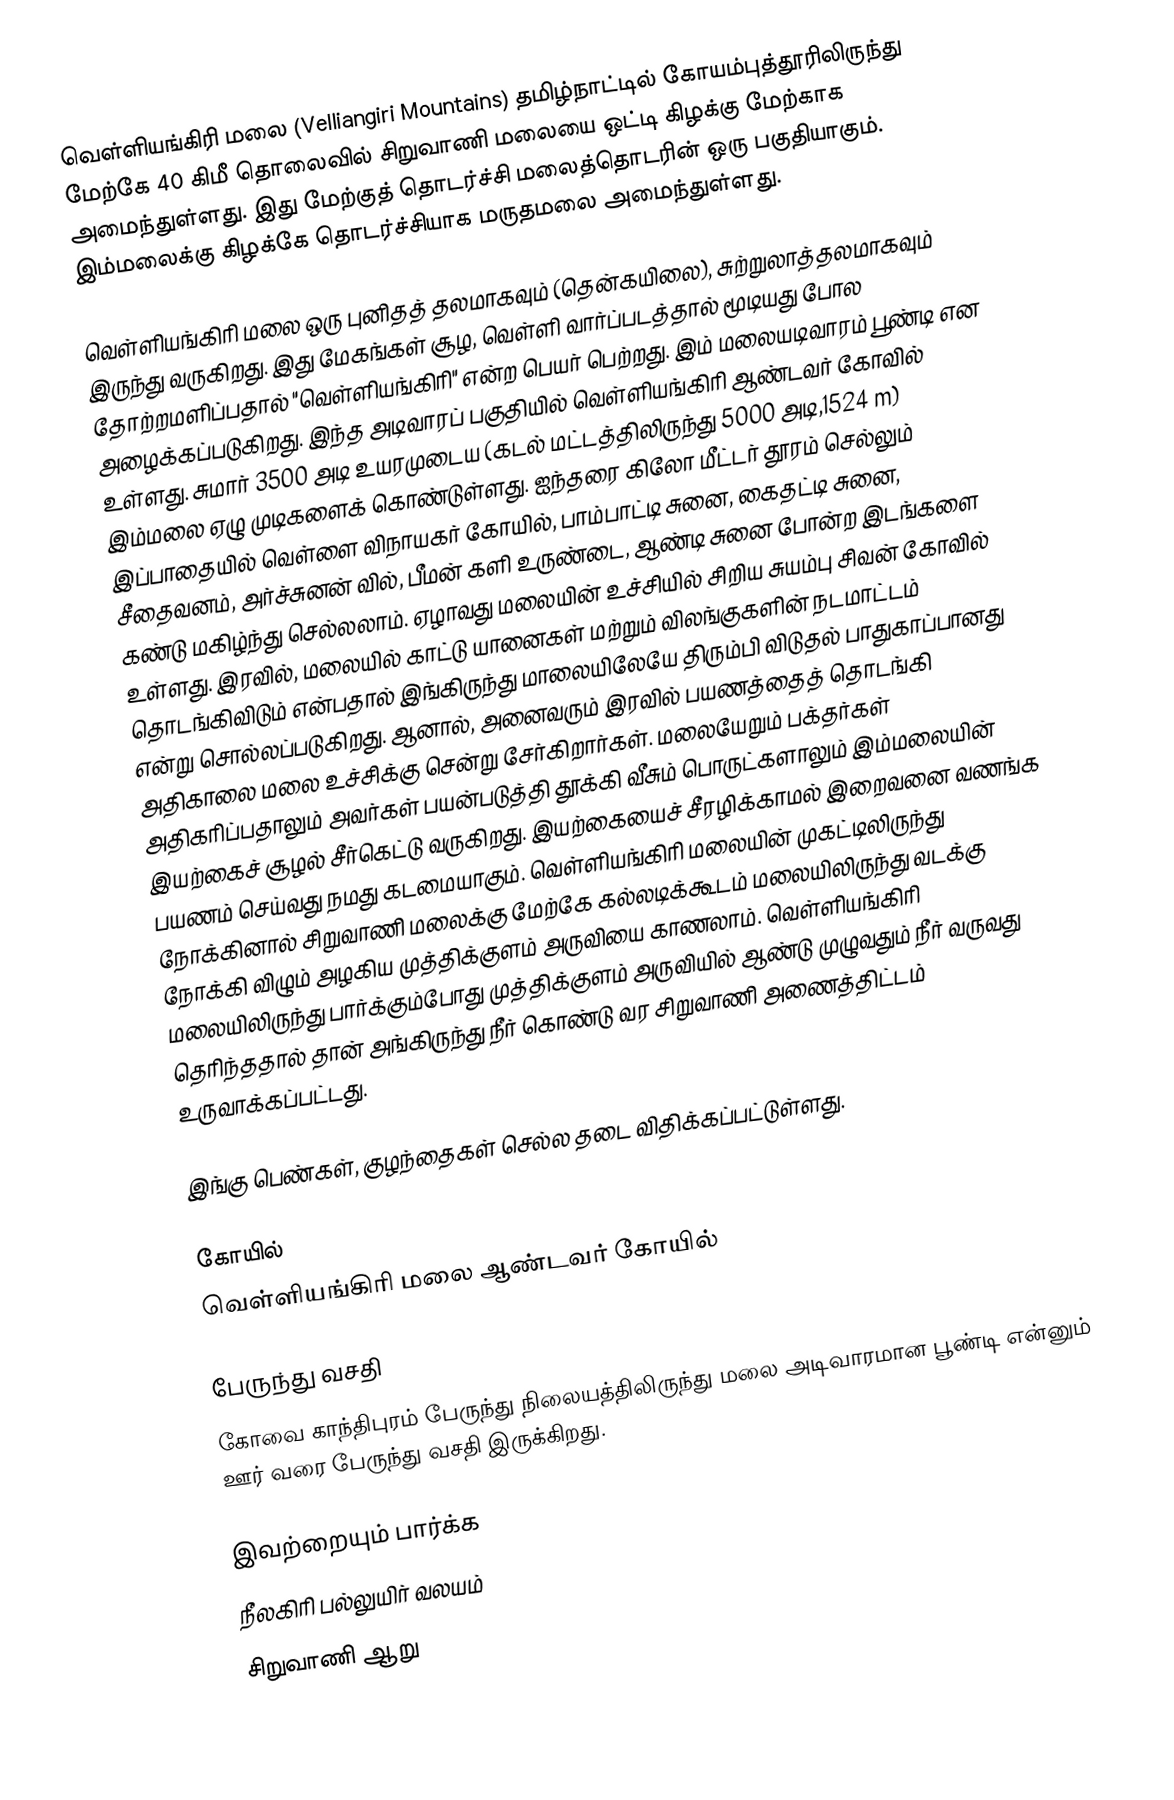
வெள்ளியங்கிரி மலை (Velliangiri Mountains) தமிழ்நாட்டில்  கோயம்புத்தூரிலிருந்து  மேற்கே 40 கிமீ தொலைவில்  சிறுவாணி மலையை ஒட்டி கிழக்கு மேற்காக அமைந்துள்ளது. இது மேற்குத் தொடர்ச்சி மலைத்தொடரின்  ஒரு பகுதியாகும். இம்மலைக்கு கிழக்கே தொடர்ச்சியாக  மருதமலை அமைந்துள்ளது.

வெள்ளியங்கிரி மலை ஒரு புனிதத் தலமாகவும் (தென்கயிலை), சுற்றுலாத்தலமாகவும் இருந்து வருகிறது. இது மேகங்கள் சூழ, வெள்ளி வார்ப்படத்தால் மூடியது போல தோற்றமளிப்பதால் "வெள்ளியங்கிரி" என்ற பெயர் பெற்றது. இம் மலையடிவாரம் பூண்டி என அழைக்கப்படுகிறது. இந்த அடிவாரப் பகுதியில் வெள்ளியங்கிரி ஆண்டவர் கோவில் உள்ளது. சுமார் 3500 அடி உயரமுடைய (கடல் மட்டத்திலிருந்து 5000 அடி,1524 m) இம்மலை ஏழு முடிகளைக் கொண்டுள்ளது. ஐந்தரை கிலோ மீட்டர் தூரம் செல்லும் இப்பாதையில் வெள்ளை விநாயகர் கோயில், பாம்பாட்டி சுனை, கைதட்டி சுனை, சீதைவனம், அர்ச்சுனன் வில், பீமன் களி உருண்டை, ஆண்டி சுனை போன்ற இடங்களை கண்டு மகிழ்ந்து செல்லலாம். ஏழாவது மலையின் உச்சியில் சிறிய  சுயம்பு சிவன் கோவில் உள்ளது. இரவில், மலையில் காட்டு யானைகள் மற்றும் விலங்குகளின் நடமாட்டம் தொடங்கிவிடும் என்பதால் இங்கிருந்து மாலையிலேயே திரும்பி விடுதல் பாதுகாப்பானது என்று சொல்லப்படுகிறது. ஆனால், அனைவரும் இரவில் பயணத்தைத் தொடங்கி அதிகாலை மலை உச்சிக்கு சென்று சேர்கிறார்கள். மலையேறும் பக்தர்கள் அதிகரிப்பதாலும் அவர்கள் பயன்படுத்தி தூக்கி வீசும் பொருட்களாலும் இம்மலையின் இயற்கைச் சூழல் சீர்கெட்டு வருகிறது.  இயற்கையைச் சீரழிக்காமல் இறைவனை வணங்க பயணம் செய்வது நமது கடமையாகும். வெள்ளியங்கிரி மலையின் முகட்டிலிருந்து நோக்கினால்  சிறுவாணி  மலைக்கு மேற்கே கல்லடிக்கூடம் மலையிலிருந்து வடக்கு நோக்கி விழும் அழகிய முத்திக்குளம் அருவியை காணலாம்.  வெள்ளியங்கிரி மலையிலிருந்து பார்க்கும்போது முத்திக்குளம் அருவியில் ஆண்டு முழுவதும் நீர் வருவது தெரிந்ததால் தான் அங்கிருந்து  நீர் கொண்டு வர சிறுவாணி அணைத்திட்டம் உருவாக்கப்பட்டது.

இங்கு பெண்கள், குழந்தைகள் செல்ல தடை விதிக்கப்பட்டுள்ளது.

கோயில்
 வெள்ளியங்கிரி மலை ஆண்டவர் கோயில்

பேருந்து வசதி
கோவை காந்திபுரம் பேருந்து நிலையத்திலிருந்து மலை அடிவாரமான பூண்டி என்னும் ஊர் வரை பேருந்து வசதி இருக்கிறது.

இவற்றையும் பார்க்க
 நீலகிரி பல்லுயிர் வலயம்
 சிறுவாணி ஆறு